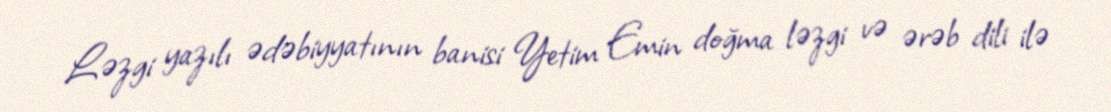
Ləzgi yazılı ədəbiyyatının banisi Yetim Emin doğma ləzgi və ərəb dili ilə